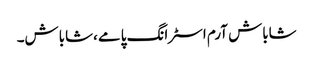
شاباش آرم اسٹرانگ پامے ،شاباش۔